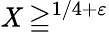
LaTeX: \mathit{X}\geqq^{1/4+\varepsilon}